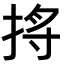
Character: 𪭺